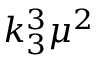
k _ { 3 } ^ { 3 } \mu ^ { 2 }